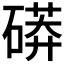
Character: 𥕊